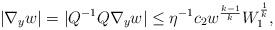
LaTeX: \begin{align*}|\nabla_y w| = |Q^{-1}Q\nabla_y w| \leq \eta^{-1}c_2w^\frac{k-1}{k}W_1^\frac{1}{k},\end{align*}